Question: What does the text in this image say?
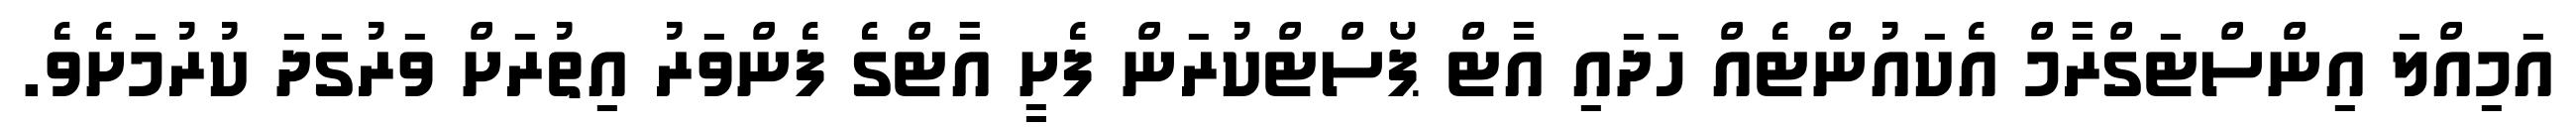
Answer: އަމިއްލަ އިންސްޓަގްރާމް އެކައުންޓެއް ހަދައި އާޓް ޕޯސްޓްކުރަން ފެށީ އާޓްގެ ފެންވަރު އިތުރަށް ވަރުގަދަ ކުރުމަށެވެ.